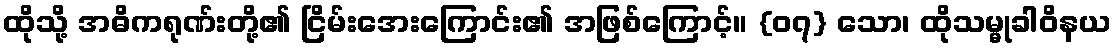
ထိုသို့ အဓိကရုဏ်းတို့၏ ငြိမ်းအေးကြောင်း၏ အဖြစ်ကြောင့်။ {၀၇} သော၊ ထိုသမ္မုခါဝိနယ